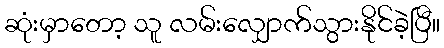
ဆုံးမှာတော့ သူ လမ်းလျှောက်သွားနိုင်ခဲ့ပြီ။